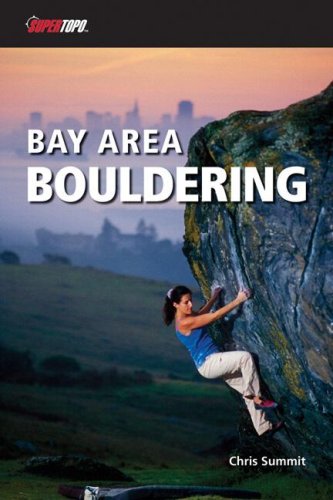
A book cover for Bay Area Bouldering 1/E (Supertopo); Chris Summit; Sports & Outdoors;